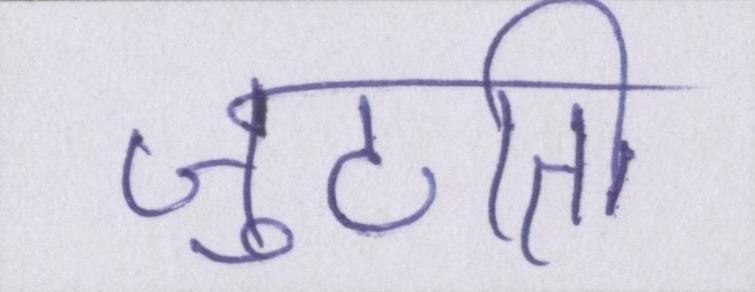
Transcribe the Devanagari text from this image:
जुटाती